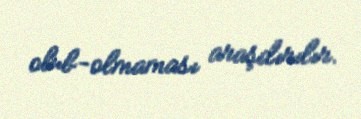
olub-olmaması araşdırılır.